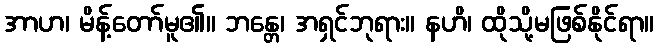
အာဟ၊ မိန့်တော်မူ၏။ ဘန္တေ၊ အရှင်ဘုရား။ နဟိ၊ ထိုသို့မဖြစ်နိုင်ရာ။